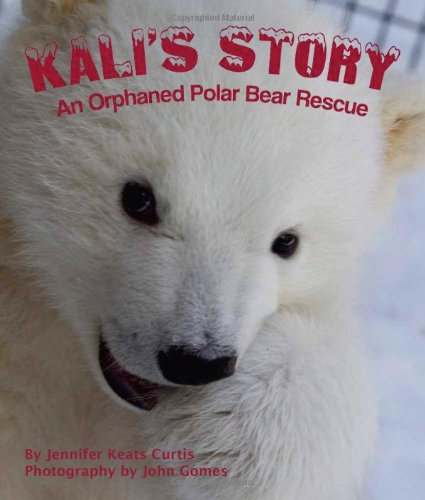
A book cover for Kali's Story: An Orphaned Polar Bear Rescue; Jennifer Keats Curtis; Children's Books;